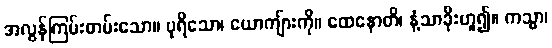
အလွန်ကြမ်းတမ်းသော။ ပုရိသော၊ ယောကျ်ားကို။ ထေနောတိ၊ နံ့သာခိုးဟူ၍။ ကသ္မာ၊